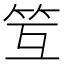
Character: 䇘